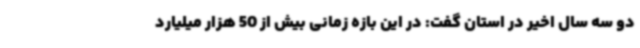
دو سه سال اخیر در استان گفت: در این بازه زمانی بیش از 50 هزار میلیارد